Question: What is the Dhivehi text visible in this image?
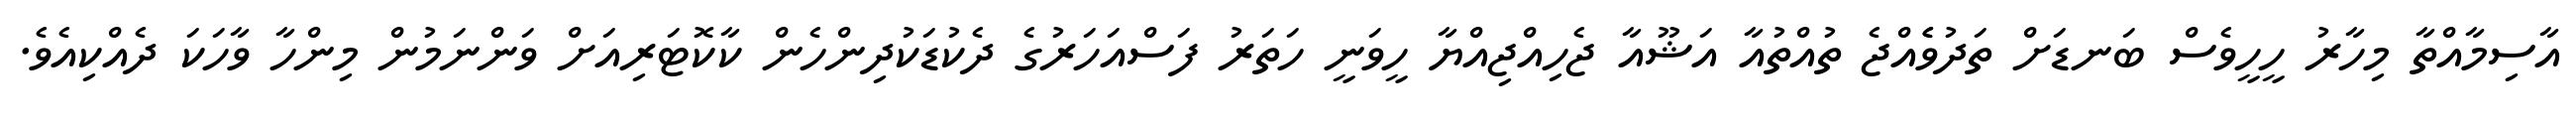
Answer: އާސިމާއްތާ މިހާރު ހީހީވެސް ބަނޑަށް ތަދުވެެއްޖެ ތުއްތުއާ އަޝޫއާ ޖެހިއްޖިއްޔާ ހީވަނީ ހަތަރު ފަސްއަހަރުގެ ދެކުޑަކުދިންހެން ކާކޮޓަރިއަށް ވަންނަމުން މިންހާ ވާހަކަ ދެއްކިއެވެ.